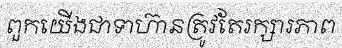
ពួកយើងជាទាហ៊ានត្រូវតែរក្សារភាព